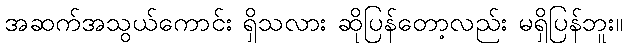
အဆက်အသွယ်ကောင်း ရှိသလား ဆိုပြန်တော့လည်း မရှိပြန်ဘူး။